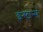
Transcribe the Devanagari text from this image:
इन्स्टान्स